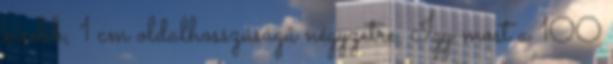
kisebb, 1 cm oldalhosszúságú négyzetre. Így most a 100